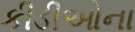
કીડીઓના